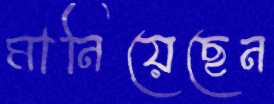
মানিয়েছেন